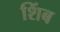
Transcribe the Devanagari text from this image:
शिंब